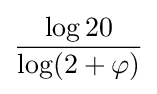
{\frac {\log 20}{\log(2+\varphi )}}